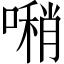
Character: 𠿀